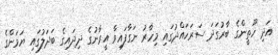
އަދި ހޫތީންގެ ބާރުގަދަ ސަރަހައްދުގައި މިހާރު ނަގާފައިވާ އީރާނުގެ ދިދައިގެ ބަދަލުގައި ޔަމަންގެ